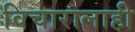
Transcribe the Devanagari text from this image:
विचारालाही